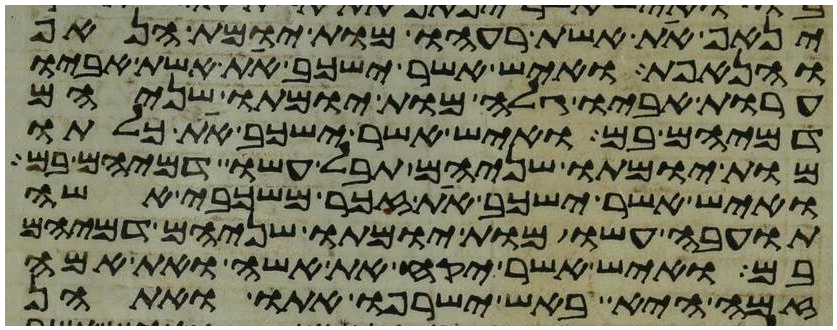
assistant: ינאף את אשת רעהו מות יומת הנאף
והנאפת ואיש אשר ישכב את אשת אביו
ערות אביו גלה מות יומתו שניהם
דמיהם בם ואיש אשר ישכב את כלתו
מות יומתו שניהם תבל עשו דמיהם בם
ואיש אשר ישכב את זכר משכבי אשה
תועבה עשו מות יומתו שניהם דמיהם
בם ואיש אשר יקח את אשה ואת אמה
זמה היא באש ישרפו אתו ואתהן